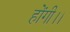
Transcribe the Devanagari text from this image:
होंगी।।